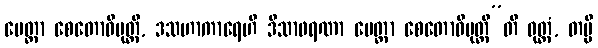
မေတ္တာ စေတောဝိမုတ္တိ, ဒသဟာကာရေဟိ ဒိသာဖရဏာ မေတ္တာ စေတောဝိမုတ္တီ”တိ ဝုတ္တံ, တမ္ပိ